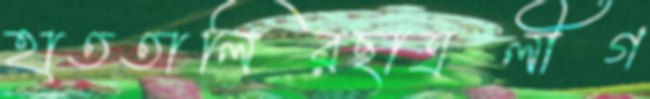
হাততালিরছাত্রলীগ